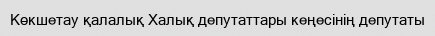
Көкшетау қалалық Халық депутаттары кеңесінің депутаты